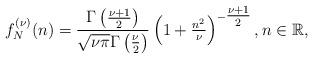
LaTeX: \begin{align*} f^{(\nu)}_N(n) &= \frac{\Gamma\left(\frac{\nu+1}{2}\right)}{\sqrt{\nu \pi} \Gamma\left(\frac{\nu}{2}\right)} \left(1+\tfrac{n^2}{\nu}\right)^{-\tfrac{\nu+1}{2}} , n \in \mathbb{R},\end{align*}